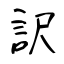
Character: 訳